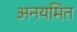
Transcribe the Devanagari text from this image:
अनयमित